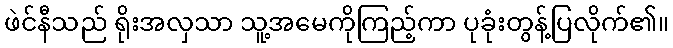
ဖဲင်နီသည် ရိုးအလှသာ သူ့အမေကိုကြည့်ကာ ပုခုံးတွန့်ပြလိုက်၏။